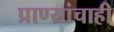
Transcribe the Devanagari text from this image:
प्राण्यांचाही